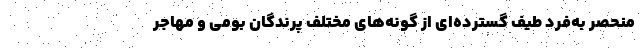
منحصر به‌فرد طیف گسترده‌ای از گونه‌های مختلف پرندگان بومی و مهاجر